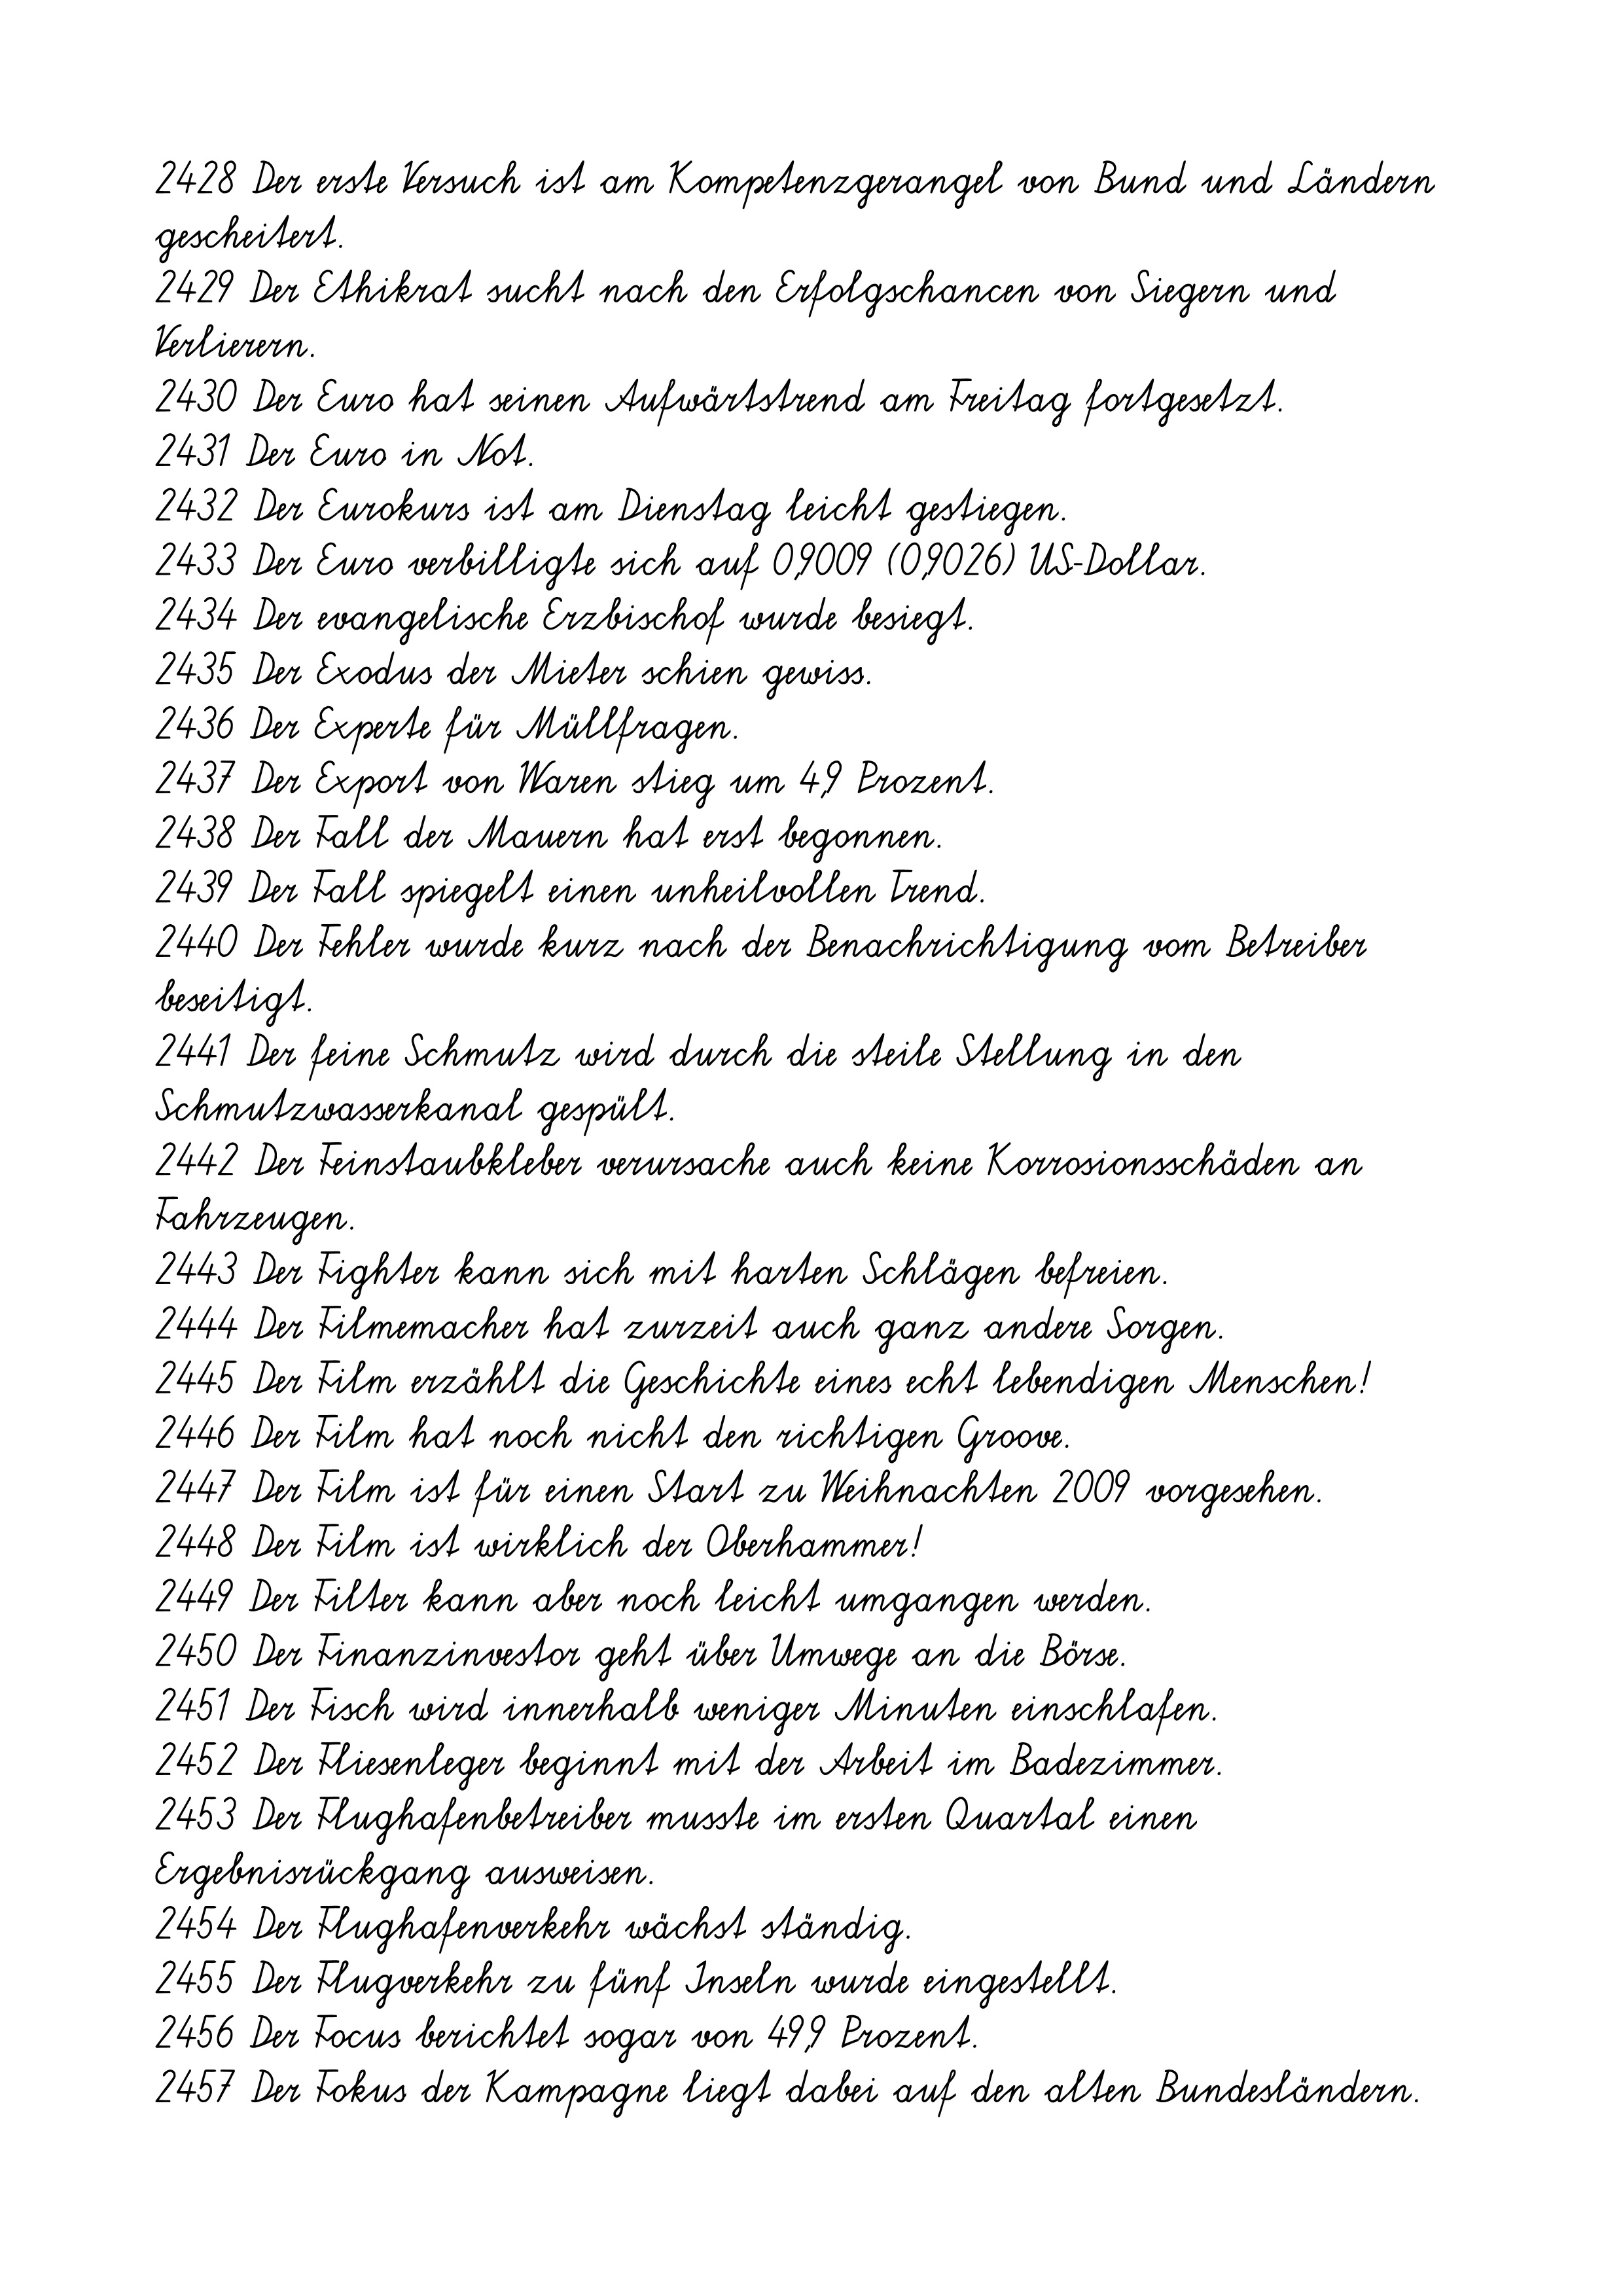
2428 Der erste Versuch ist am Kompetenzgerangel von Bund und Ländern
gescheitert.
2429 Der Ethikrat sucht nach den Erfolgschancen von Siegern und
Verlierern.
2430 Der Euro hat seinen Aufwärtstrend am Freitag fortgesetzt.
2431 Der Euro in Not.
2432 Der Eurokurs ist am Dienstag leicht gestiegen.
2433 Der Euro verbilligte sich auf 0,9009 (0,9026) US-Dollar.
2434 Der evangelische Erzbischof wurde besiegt.
2435 Der Exodus der Mieter schien gewiss.
2436 Der Experte für Müllfragen.
2437 Der Export von Waren stieg um 4,9 Prozent.
2438 Der Fall der Mauern hat erst begonnen.
2439 Der Fall spiegelt einen unheilvollen Trend.
2440 Der Fehler wurde kurz nach der Benachrichtigung vom Betreiber
beseitigt.
2441 Der feine Schmutz wird durch die steile Stellung in den
Schmutzwasserkanal gespült.
2442 Der Feinstaubkleber verursache auch keine Korrosionsschäden an
Fahrzeugen.
2443 Der Fighter kann sich mit harten Schlägen befreien.
2444 Der Filmemacher hat zurzeit auch ganz andere Sorgen.
2445 Der Film erzählt die Geschichte eines echt lebendigen Menschen!
2446 Der Film hat noch nicht den richtigen Groove.
2447 Der Film ist für einen Start zu Weihnachten 2009 vorgesehen.
2448 Der Film ist wirklich der Oberhammer!
2449 Der Filter kann aber noch leicht umgangen werden.
2450 Der Finanzinvestor geht über Umwege an die Börse.
2451 Der Fisch wird innerhalb weniger Minuten einschlafen.
2452 Der Fliesenleger beginnt mit der Arbeit im Badezimmer.
2453 Der Flughafenbetreiber musste im ersten Quartal einen
Ergebnisrückgang ausweisen.
2454 Der Flughafenverkehr wächst ständig.
2455 Der Flugverkehr zu fünf Inseln wurde eingestellt.
2456 Der Focus berichtet sogar von 49,9 Prozent.
2457 Der Fokus der Kampagne liegt dabei auf den alten Bundesländern.